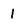
Character: 1